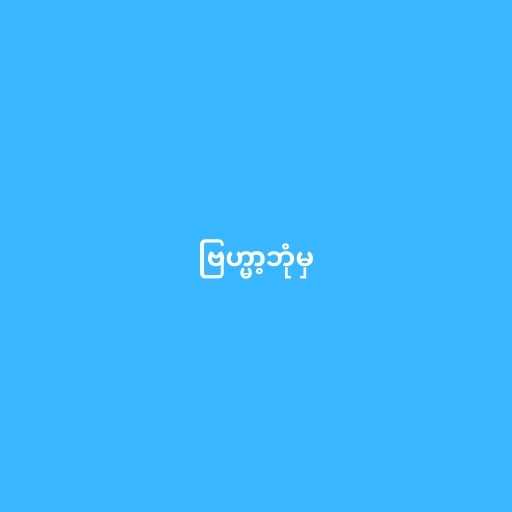
ဗြဟ္မာ့ဘုံမှ